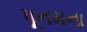
પૂનમના